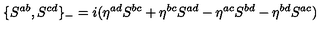
\{ S ^ { a b } , S ^ { c d } \} _ { - } = i ( \eta ^ { a d } S ^ { b c } + \eta ^ { b c } S ^ { a d } - \eta ^ { a c } S ^ { b d } - \eta ^ { b d } S ^ { a c } )